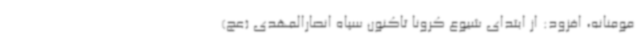
مومنانه، افزود: از ابتدای شیوع کرونا تاکنون سپاه انصارالمهدی (عج)